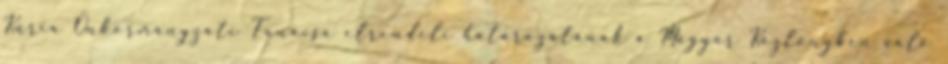
Kúria Önkormányzati Tanácsa elrendeli határozatának a Magyar Közlönyben való